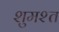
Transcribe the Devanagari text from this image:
शुमश्त